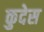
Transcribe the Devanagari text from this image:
कुदेस